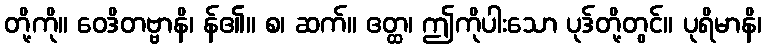
တို့ကို။ ဝေဒိတဗ္ဗာနိ၊ န်၏။ စ၊ ဆက်။ ဧတ္ထ၊ ဤကိုပါးသော ပုဒ်တို့တွင်။ ပုရိမာနိ၊